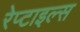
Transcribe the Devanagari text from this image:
रेप्टाइल्स